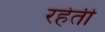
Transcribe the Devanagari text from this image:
रहेती